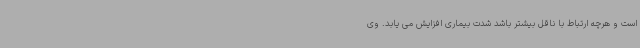
است و هرچه ارتباط با ناقل بیشتر باشد شدت بیماری افزایش می یابد. وی